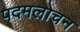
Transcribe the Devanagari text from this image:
पदमलोचन